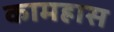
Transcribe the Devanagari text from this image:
कामह्रास